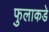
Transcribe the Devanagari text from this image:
फुलाकडे